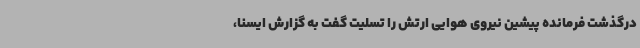
درگذشت فرمانده پیشین نیروی هوایی ارتش را تسلیت گفت به گزارش ایسنا،